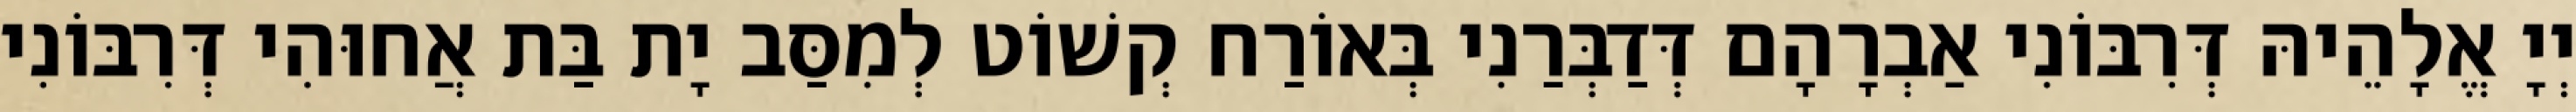
יְיָ אֱלָהֵיהּ דְּרִבּוֹנִי אַבְרָהָם דְּדַבְּרַנִי בְּאוֹרַח קְשׁוֹט לְמִסַּב יָת בַּת אֲחוּהִי דְּרִבּוֹנִי